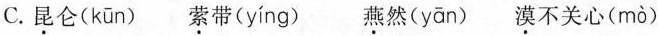
C. 昆仑（kun） 萦带(ying) 燕然(yan) 漠不关心（mo）